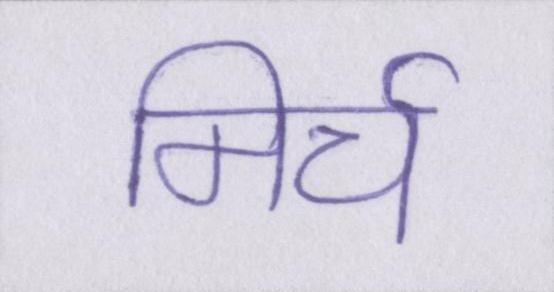
मिर्च